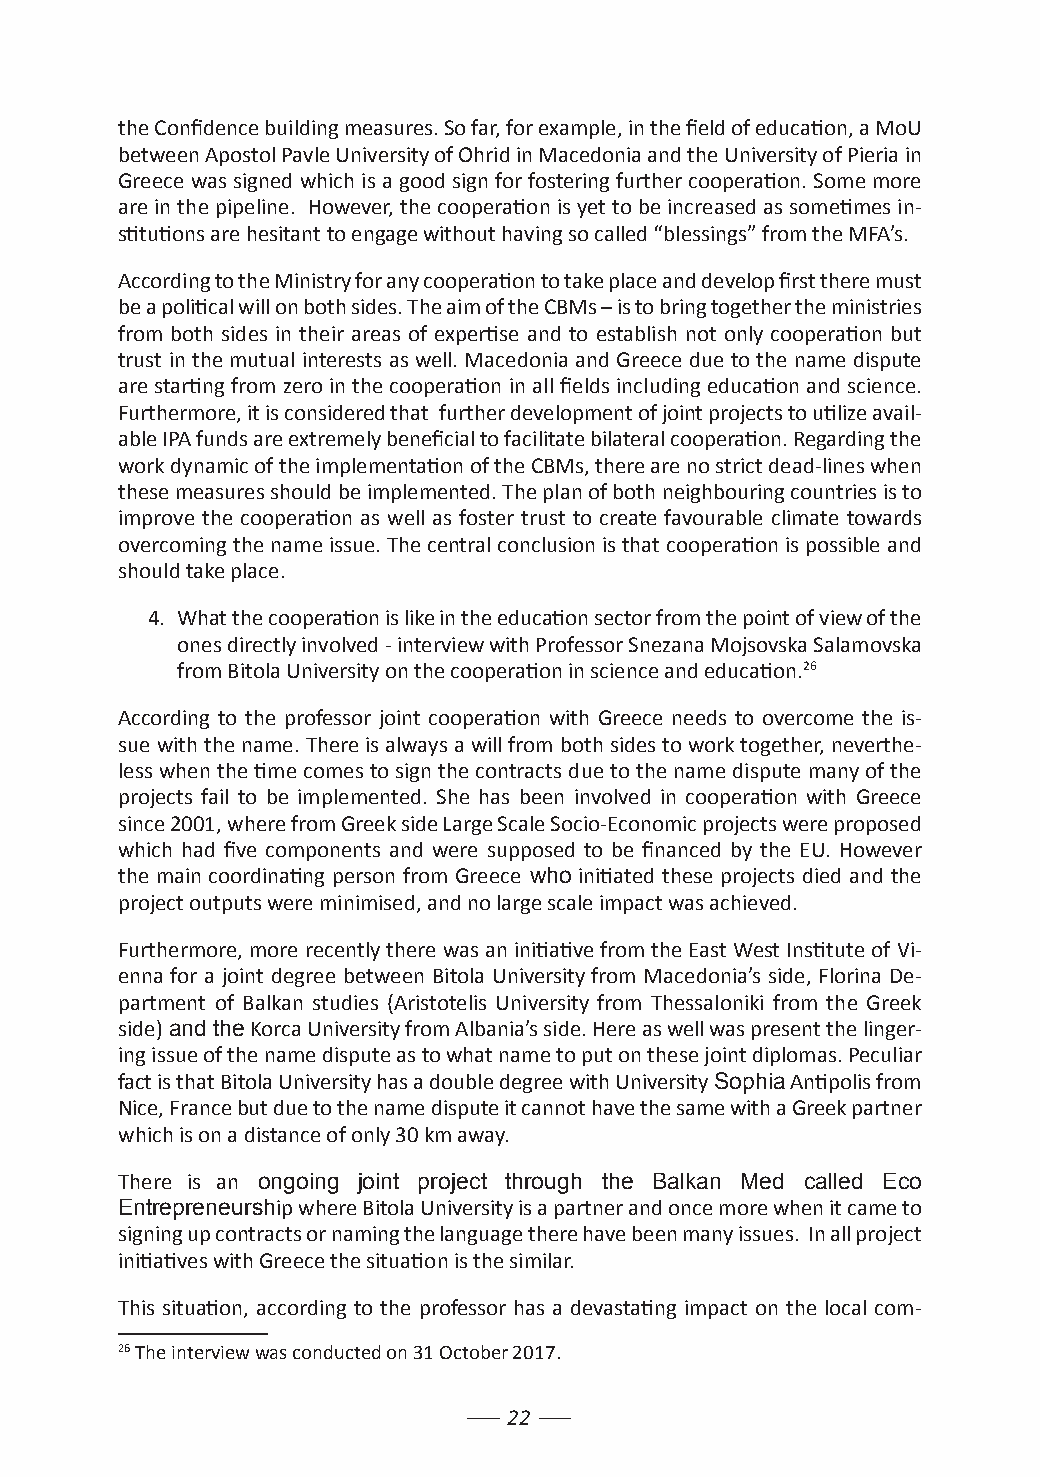
the Confidence building measures. So far, for example, in the field of education, a MoU
 between Apostol Pavle University of Ohrid in Macedonia and the University of Pieria in
 Greece was signed which is a good sign for fostering further cooperation. Some more
 are in the pipeline. However, the cooperation is yet to be increased as sometimes in-
 stitutions are hesitant to engage without having so called “blessings” from the MFA’s.
 According to the Ministry for any cooperation to take place and develop first there must
 be a political will on both sides. The aim of the CBMs – is to bring together the ministries
 from both sides in their areas of expertise and to establish not only cooperation but
 trust in the mutual interests as well. Macedonia and Greece due to the name dispute
 are starting from zero in the cooperation in all fields including education and science.
 Furthermore, it is considered that further development of joint projects to utilize avail-
 able IPA funds are extremely beneficial to facilitate bilateral cooperation. Regarding the
 work dynamic of the implementation of the CBMs, there are no strict dead-lines when
 these measures should be implemented. The plan of both neighbouring countries is to
 improve the cooperation as well as foster trust to create favourable climate towards
 overcoming the name issue. The central conclusion is that cooperation is possible and
 should take place.
 4. What the cooperation is like in the education sector from the point of view of the
 ones directly involved - interview with Professor Snezana Mojsovska Salamovska
 from Bitola University on the cooperation in science and education.26
 According to the professor joint cooperation with Greece needs to overcome the is-
 sue with the name. There is always a will from both sides to work together, neverthe-
 less when the time comes to sign the contracts due to the name dispute many of the
 projects fail to be implemented. She has been involved in cooperation with Greece
 since 2001, where from Greek side Large Scale Socio-Economic projects were proposed
 which had five components and were supposed to be financed by the EU. However
 the main coordinating person from Greece who initiated these projects died and the
 project outputs were minimised, and no large scale impact was achieved.
 Furthermore, more recently there was an initiative from the East West Institute of Vi-
 enna for a joint degree between Bitola University from Macedonia’s side, Florina De-
 partment of Balkan studies (Aristotelis University from Thessaloniki from the Greek
 side) and the Korca University from Albania’s side. Here as well was present the linger-
 ing issue of the name dispute as to what name to put on these joint diplomas. Peculiar
 fact is that Bitola University has a double degree with University Sophia Antipolis from
 Nice, France but due to the name dispute it cannot have the same with a Greek partner
 which is on a distance of only 30 km away.
 There is an ongoing joint project through the Balkan Med called Eco
 Entrepreneurship where Bitola University is a partner and once more when it came to
 signing up contracts or naming the language there have been many issues. In all project
 initiatives with Greece the situation is the similar.
 This situation, according to the professor has a devastating impact on the local com-
 26 The interview was conducted on 31 October 2017.
 22